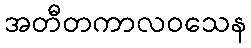
အတီတကာလဝသေန